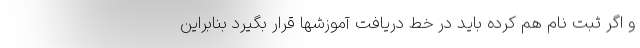
و اگر ثبت نام هم کرده باید در خط دریافت آموزشها قرار بگیرد بنابراین